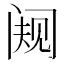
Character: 𬮭